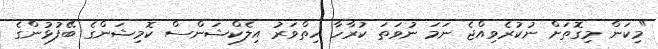
"މިކަން މިގޮތަށް ނުކުރެވިއްޖެ ނަމަ ނުވަތަ ކުރާހާ ހިތްވަރު އިލެކްޝަންސް ކޮމިޝަންގެ ބޭފުޅުންގެ